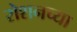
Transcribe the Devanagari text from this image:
रोशनच्या